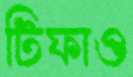
টিফাও